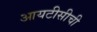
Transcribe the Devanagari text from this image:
आयटीसीची